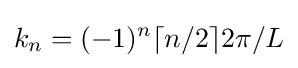
k_{n}=(-1)^{n}\lceil n/2\rceil 2\pi /L